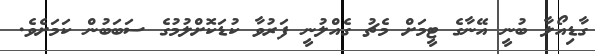
ގާޑިއޯލާ ބުނީ އޭނާގެ ޓީމަށް މެޗު ގެއްލުނީ ފަރުވާ ކުޑަކޮށްލުމުގެ ސަބަބުން ކަމަށެވެ.